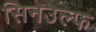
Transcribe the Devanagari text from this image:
सिनउल्फ